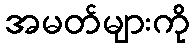
အမတ်များကို